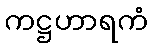
ကဋ္ဌဟာရကံ